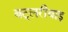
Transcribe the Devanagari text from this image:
बट्लरीयाइ